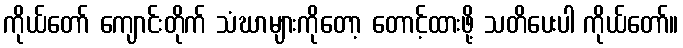
ကိုယ်တော် ကျောင်းတိုက် သံဃာများကိုတော့ တောင့်ထားဖို့ သတိပေးပါ ကိုယ်တော်။